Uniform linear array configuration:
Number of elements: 48
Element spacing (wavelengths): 0.75
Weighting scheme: cosine
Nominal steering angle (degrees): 15
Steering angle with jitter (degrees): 15.071
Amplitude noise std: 0.05
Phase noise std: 0.05

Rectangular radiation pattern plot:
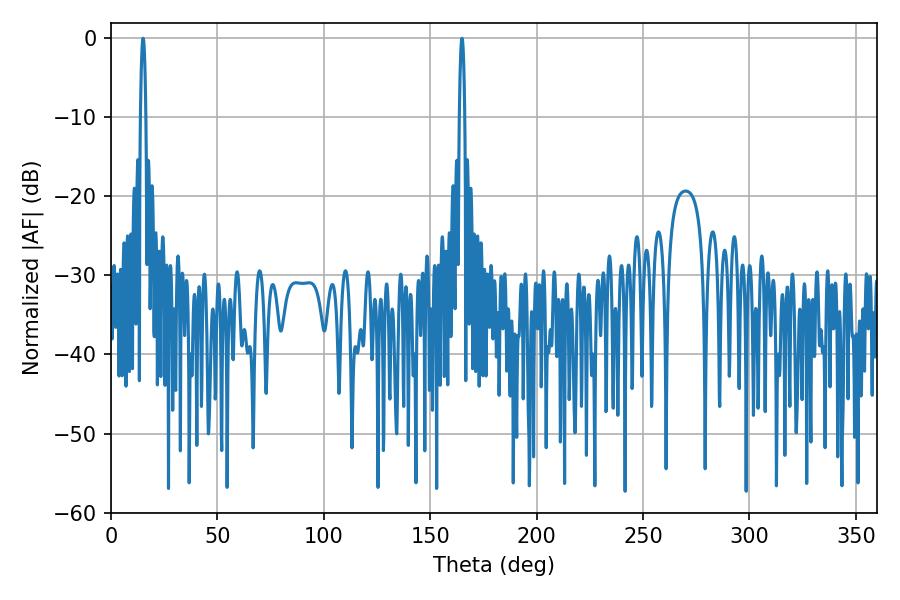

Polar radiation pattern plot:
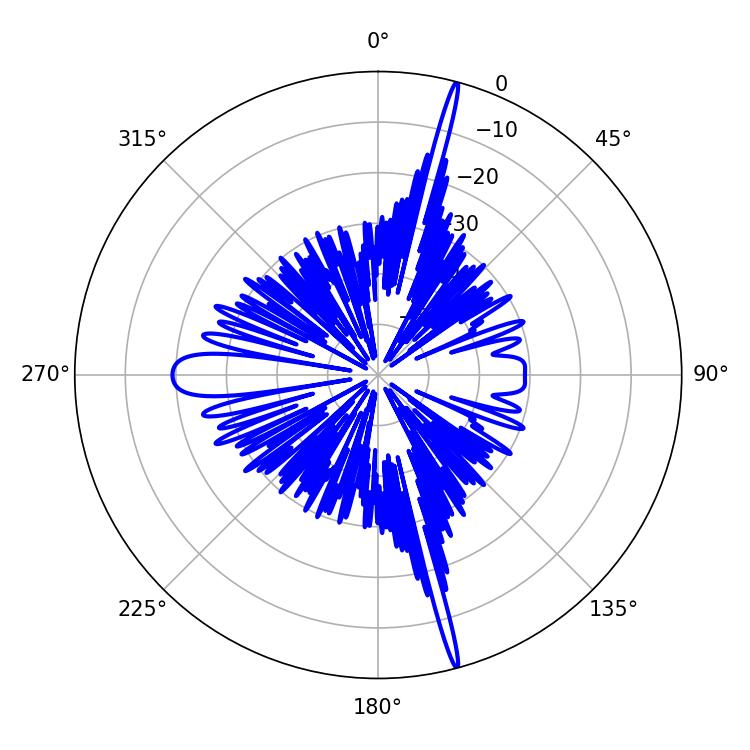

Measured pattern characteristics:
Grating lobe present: TRUE
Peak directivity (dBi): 22.098
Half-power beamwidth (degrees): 1.44
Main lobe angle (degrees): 15.12